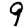
Digit: 9